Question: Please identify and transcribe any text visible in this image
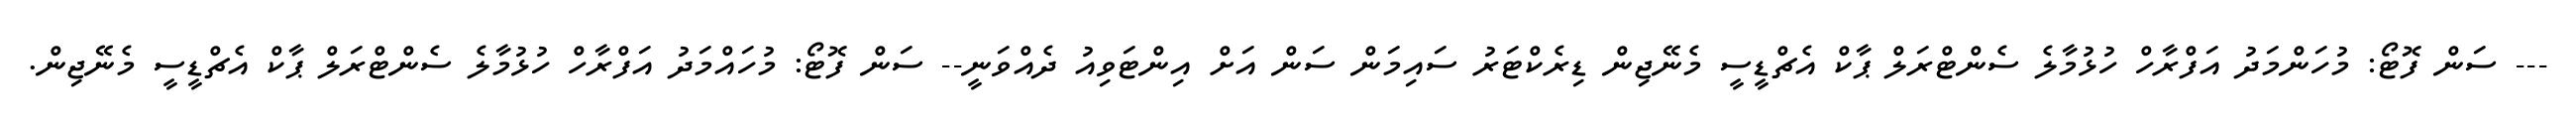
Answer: --- ސަން ފޮޓޯ: މުހަންމަދު އަފްރާހް ހުޅުމާލެ ސެންޓްރަލް ޕާކް އެޗްޑީސީ މެނޭޖިން ޑިރެކްޓަރު ސައިމަން ސަން އަށް އިންޓަވިއު ދެއްވަނީ-- ސަން ފޮޓޯ: މުހައްމަދު އަފްރާހް ހުޅުމާލެ ސެންޓްރަލް ޕާކް އެޗްޑީސީ މެނޭޖިން.